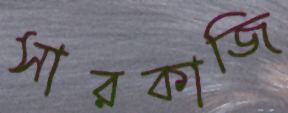
সারকাজি